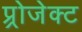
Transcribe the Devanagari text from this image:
प्र्रोजेक्ट